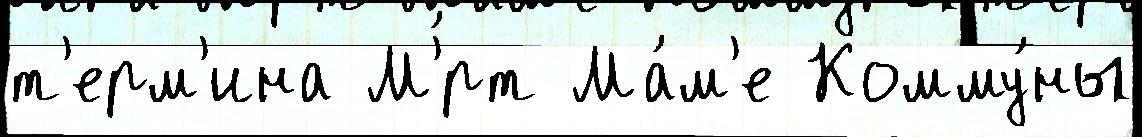
т'ерм'ина М'́рт Ма́м'е Комму́ны